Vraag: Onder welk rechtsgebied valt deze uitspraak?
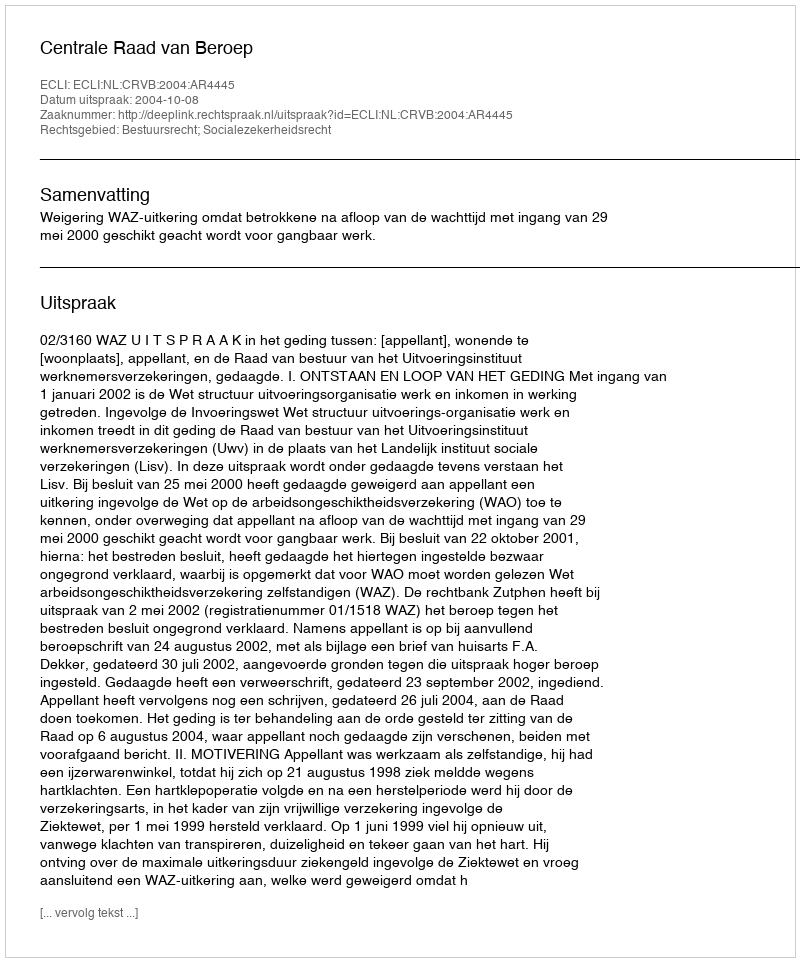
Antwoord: Bestuursrecht; Socialezekerheidsrecht